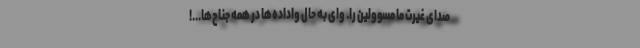
صدای غیرت ما مسؤولین را. وای به حال واداده‌ها در همه جناح‌ها...!